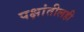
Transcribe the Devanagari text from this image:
पक्षांतीलही